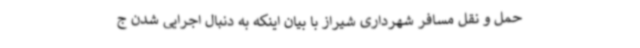
حمل و نقل مسافر شهرداری شیراز با بیان اینکه به دنبال اجرایی شدن ج